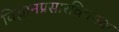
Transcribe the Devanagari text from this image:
विज्ञानप्रसारविषयक